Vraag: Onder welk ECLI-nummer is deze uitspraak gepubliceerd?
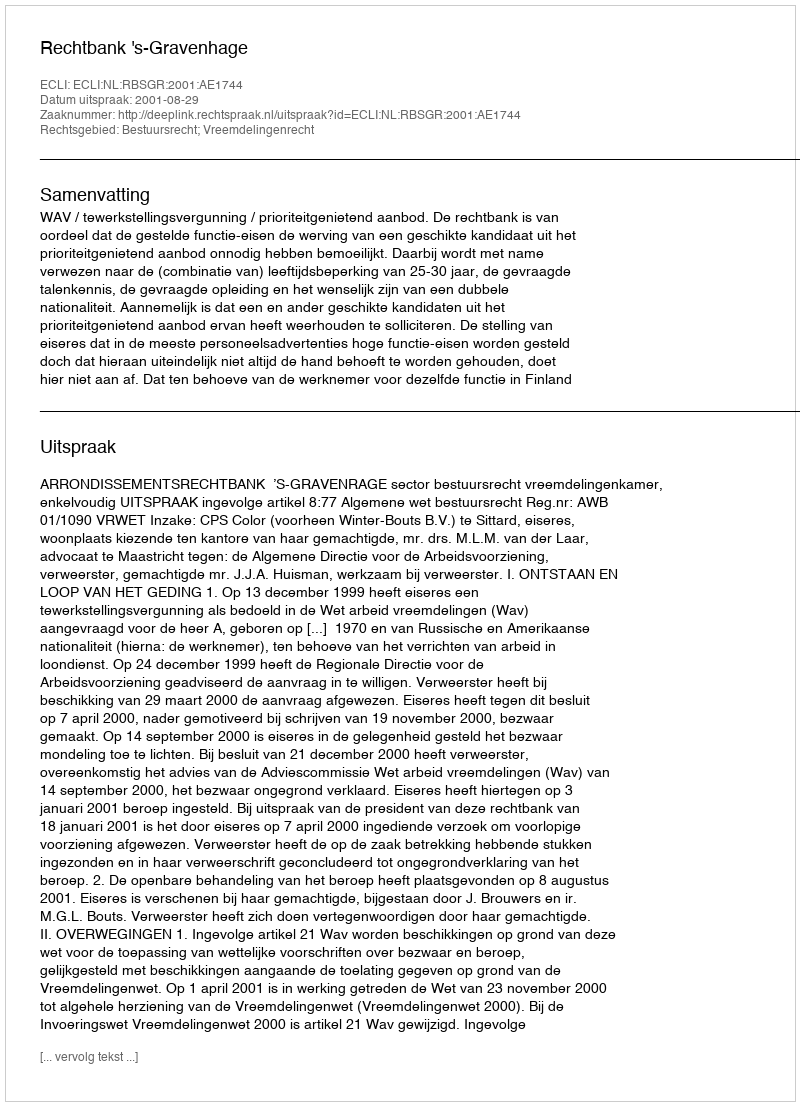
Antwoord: ECLI:NL:RBSGR:2001:AE1744